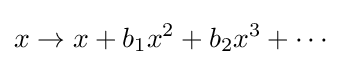
x\to x+b_{1}x^{2}+b_{2}x^{3}+\cdots